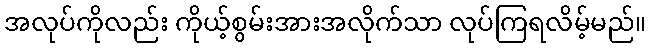
အလုပ်ကိုလည်း ကိုယ့်စွမ်းအားအလိုက်သာ လုပ်ကြရလိမ့်မည်။